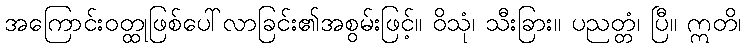
အကြောင်းဝတ္ထုဖြစ်ပေါ်လာခြင်း၏အစွမ်းဖြင့်။ ဝိသုံ၊ သီးခြား။ ပညတ္တံ၊ ပြီ။ ဣတိ၊